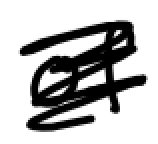
Text: of
Cross-out: scratch
Writing tool: digital_black